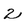
Character: 2